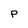
Character: P